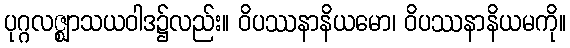
ပုဂ္ဂလဇ္ဈာသယဝါဒ၌လည်း။ ဝိပဿနာနိယမော၊ ဝိပဿနာနိယမကို။